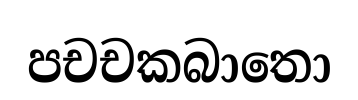
පචචකබාතො